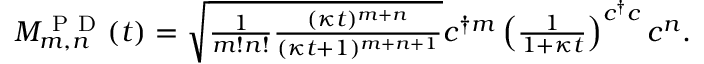
\begin{array} { r } { M _ { m , n } ^ { \mathrm { ~ P ~ D ~ } } ( t ) = \sqrt { \frac { 1 } { m ! n ! } \frac { ( \kappa t ) ^ { m + n } } { ( \kappa t + 1 ) ^ { m + n + 1 } } } c ^ { \dagger m } \left( \frac { 1 } { 1 + \kappa t } \right) ^ { c ^ { \dagger } c } c ^ { n } . } \end{array}